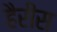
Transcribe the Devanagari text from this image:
हैरीस